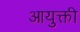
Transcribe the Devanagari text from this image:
आयुक्ती